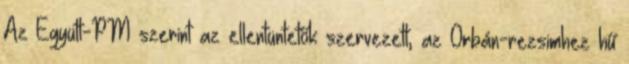
Az Együtt-PM szerint az ellentüntetők szervezett, az Orbán-rezsimhez hű